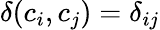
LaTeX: \delta(c_{i},c_{j})=\delta_{ij}